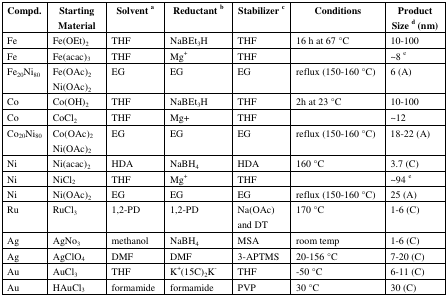
| Compd. | Starting Material | Solvent a | Reductant b | Stabilizer c | Conditions | Product Size d (nm) |
 | --- | --- | --- | --- | --- | --- | --- |
 | Fe | Fe(OEt)2 | THF | NaBEt3H | THF | 16 h at 67 °C | 10-100 |
 | Fe | Fe(acac)3 | THF | Mg+ | THF |  | ~8 e |
 | Fe20Ni80 | Fe(OAc)2Ni(OAc)2 | EG | EG | EG | reflux (150-160 °C) | 6 (A) |
 | Co | Co(OH)2 | THF | NaBEt3H | THF | 2h at 23 °C | 10-100 |
 | Co | CoCl2 | THF | Mg+ | THF |  | ~12 |
 | Co20Ni80 | Co(OAc)2Ni(OAc)2 | EG | EG | EG | reflux (150-160 °C) | 18-22 (A) |
 | Ni | Ni(acac)2 | HDA | NaBH4 | HDA | 160 °C | 3.7 (C) |
 | Ni | NiCl2 | THF | Mg+ | THF |  | ~94 e |
 | Ni | Ni(OAc)2 | EG | EG | EG | reflux (150-160 °C) | 25 (A) |
 | Ru | RuCl3 | 1,2-PD | 1,2-PD | Na(OAc) and DT | 170 °C | 1-6 (C) |
 | Ag | AgNo3 | methanol | NaBH4 | MSA | room temp | 1-6 (C) |
 | Ag | AgClO4 | DMF | DMF | 3-APTMS | 20-156 °C | 7-20 (C) |
 | Au | AuCl3 | THF | K+(15C)2K- | THF | -50 °C | 6-11 (C) |
 | Au | HAuCl3 | formamide | formamide | PVP | 30 °C | 30 (C) |